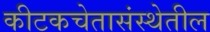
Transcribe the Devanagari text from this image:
कीटकचेतासंस्थेतील